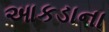
આકડાના